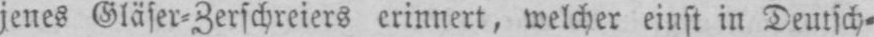
jenes Gläser⸗Zerschreiers erinnert, welcher einst in Deutsch⸗